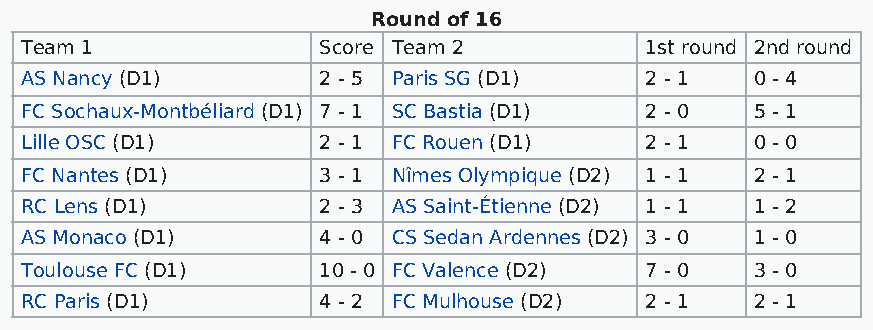
Round of 16
 Team 1              Score Team 2          1st round 2nd round
 AS Nancy (D1)       2 - 5 Paris SG (D1)   2 - 1  0 - 4
 FC Sochaux-Montbéliard (D1) 7 - 1 SC Bastia (D1) 2 - 0 5 - 1
 Lille OSC (D1)      2 - 1 FC Rouen (D1)   2 - 1  0 - 0
 FC Nantes (D1)      3 - 1 Nîmes Olympique (D2) 1 - 1 2 - 1
 RC Lens (D1)        2 - 3 AS Saint-Étienne (D2) 1 - 1 1 - 2
 AS Monaco (D1)      4 - 0 CS Sedan Ardennes (D2) 3 - 0 1 - 0
 Toulouse FC (D1)    10 - 0 FC Valence (D2) 7 - 0 3 - 0
 RC Paris (D1)       4 - 2 FC Mulhouse (D2) 2 - 1 2 - 1